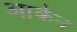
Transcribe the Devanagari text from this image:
आर्कन